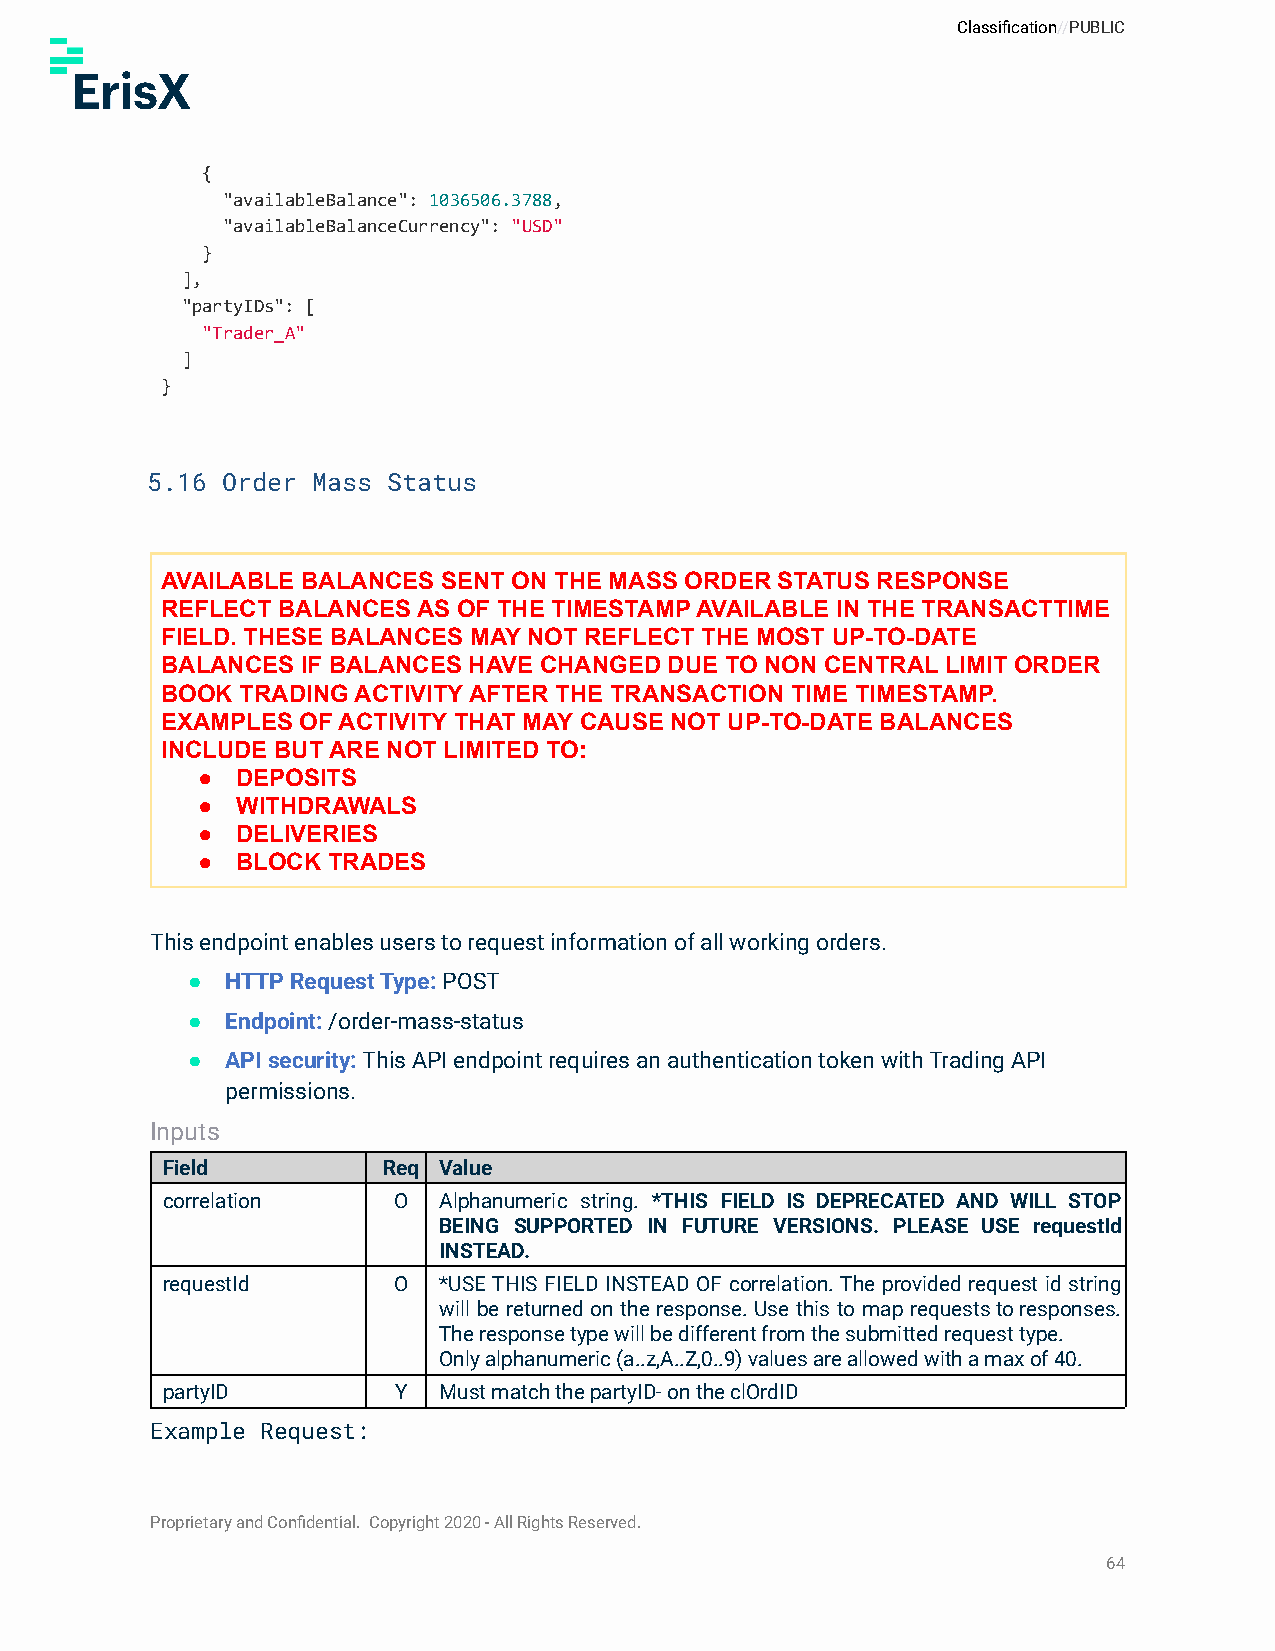
Classification//PUBLIC
 {
 "availableBalance": 1036506.3788,
 "availableBalanceCurrency": "USD"
 }
 ],
 "partyIDs": [
 "Trader_A"
 ]
 }
 5.16 Order Mass Status
 AVAILABLE BALANCES SENT ON THE MASS ORDER STATUS RESPONSE
 REFLECT BALANCES AS OF THE TIMESTAMP AVAILABLE IN THE TRANSACTTIME
 FIELD. THESE BALANCES MAY NOT REFLECT THE MOST UP-TO-DATE
 BALANCES IF BALANCES HAVE CHANGED DUE TO NON CENTRAL LIMIT ORDER
 BOOK TRADING ACTIVITY AFTER THE TRANSACTION TIME TIMESTAMP.
 EXAMPLES OF ACTIVITY THAT MAY CAUSE NOT UP-TO-DATE BALANCES
 INCLUDE BUT ARE NOT LIMITED TO:
 ●  DEPOSITS
 ●  WITHDRAWALS
 ●  DELIVERIES
 ●  BLOCK TRADES
 This endpoint enables users to request information of all working orders.
 ●  HTTP Request Type: POST
 ●  Endpoint:/order-mass-status
 ●  API security:This API endpoint requires an authenticationtoken with Trading API
 permissions.
 Inputs
 Field         Req Value
 correlation    O  Alphanumeric string. *THIS FIELD IS DEPRECATED AND WILL STOP
 BEING SUPPORTED IN FUTURE VERSIONS. PLEASE USE requestId
 INSTEAD.
 requestId      O  *USE THIS FIELD INSTEAD OF correlation. The provided request id string
 will be returned on the response. Use this to map requeststoresponses.
 The response type will be different from the submitted request type.
 Only alphanumeric (a..z,A..Z,0..9) values are allowed with a max of 40.
 partyID        Y  Must match the partyID- on the clOrdID
 Example Request:
 Proprietary and Confidential. Copyright 2020 - All Rights Reserved.
 64